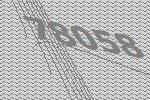
78058